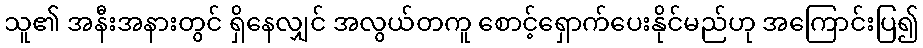
သူ၏ အနီးအနားတွင် ရှိနေလျှင် အလွယ်တကူ စောင့်ရှောက်ပေးနိုင်မည်ဟု အကြောင်းပြ၍